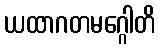
ယထာဂတမဂ္ဂေါတိ